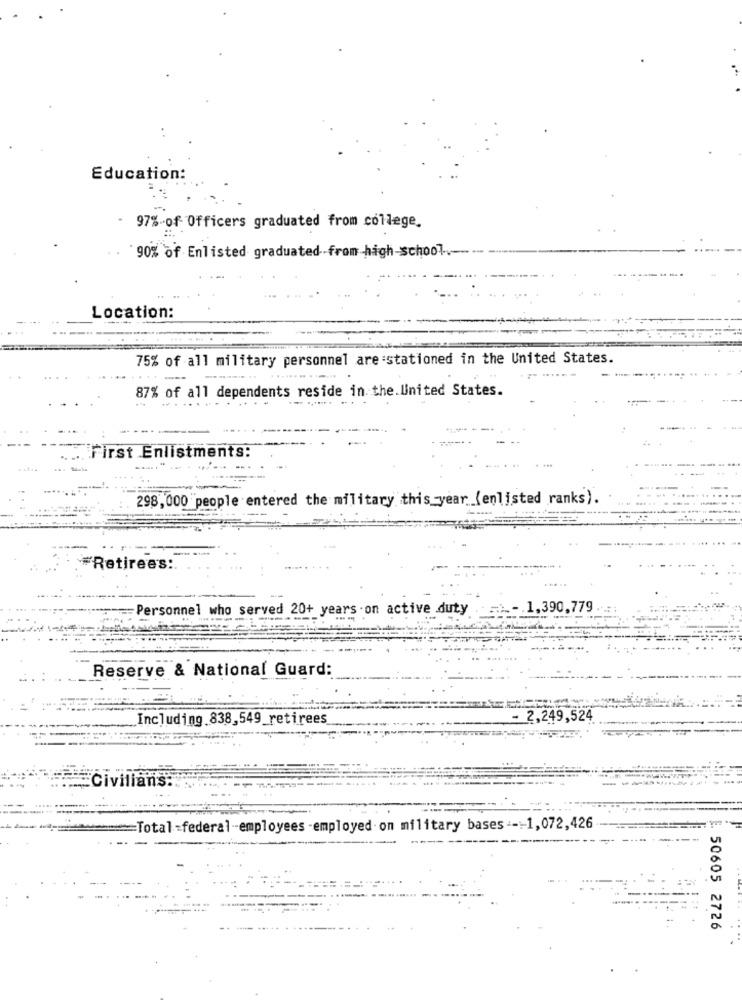
Education:
97%-of- Officers graduated from college.
90% of Enlisted graduated from high-school.
Location:
75% of all military personnel are :stationed in the United States.
87% of all dependents reside in the. United States.
First Enlistments:
298,000 people entered the military this -year (enlisted ranks).
#Retirees :.
-Personnel who served 20+ years.on active duty
-. 1,390,779 ..
Reserve & National Guard:
Including 838,549_retirees
2,249,524
-Civilians:
=Total =federal-employees -employed. on military bases --:- 1,072,426
50605 2726